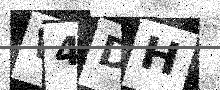
Text: W4DH